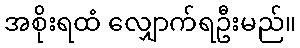
အစိုးရထံ လျှောက်ရဦးမည်။